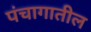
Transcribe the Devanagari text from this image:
पंचागातील